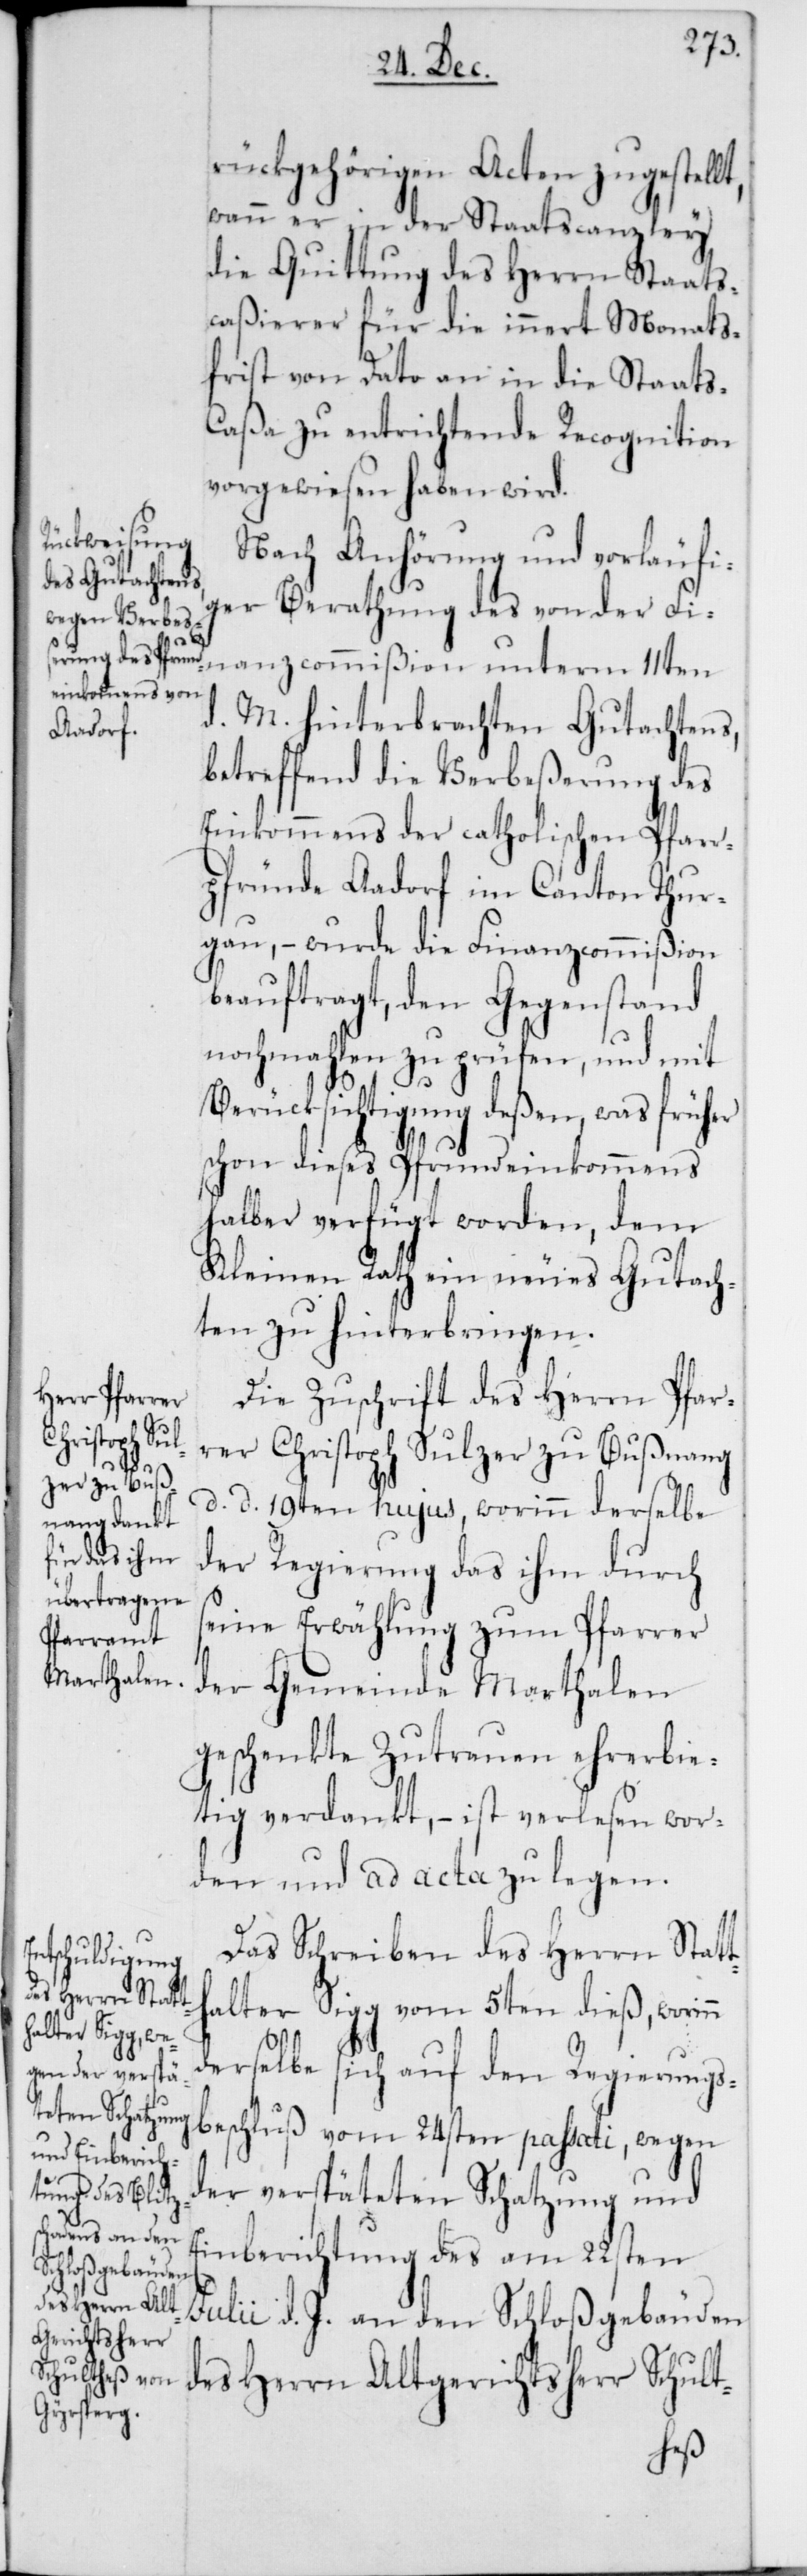
rückgehörigen Acten zugestellt,
wann er in der Staatscanzley
die Quittung des Herrn Staats¬
caßierer für die innert Monats¬
frist von Dato an in die Staats-C¬
aßa zu entrichtende Recognition
vorgewiesen haben wird.
Nach Anhörung und vorläufi¬
ger Berathung des von der Fi¬
nanzcommißion unterm 11ten
d. M. hinterbrachten Gutachtens,
betreffend die Verbeßerung des
Einkommens der catholischen Pfarr¬
pfründe Aadorf im Canton Thur¬
gau, – wurde die Finanzcommißion
beauftragt, den Gegenstand
nochmahlen zu prüfen, und mit
Berücksichtigung deßen, was früher
schon dieses Pfrundeinkommens
halber verfügt worden, dem
Kleinen Rath ein neues Gutach¬
ten zu hinterbringen.
Die Zuschrift des Herrn Pfar¬
rer Christoph Sulzer zu Bußnang,
d. d. 19ten hujus, worinn derselbe
der Regierung das ihm durch
seine Erwählung zum Pfarrer
der Gemeinde Marthalen
geschenkte Zutrauen ehrerbie¬
tig verdankt, – ist verlesen wor¬
den und ad acta zu legen.
Das Schreiben des Herrn Statt¬
halter Sigg vom 5ten dieß, worinn
derselbe sich auf den Regierungs¬
beschluß vom 24sten passati, wegen
der verspäteten Schatzung und
Einberichtung des am 22sten
Julii d. J. an den Schloßgebäuden
des Herrn Altgerichtsherr Schult-